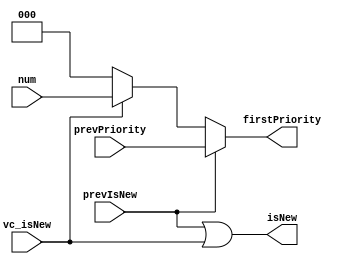
module  priority_vc(output isNew,
                 output [2:0] firstPriority,
                 input [2:0] num,
                 input [2:0] prevPriority,
                 input prevIsNew,
                 input vc_isNew
);

assign isNew = prevIsNew | vc_isNew;
assign firstPriority = (prevIsNew==1'b1 ? prevPriority : (vc_isNew==1'b1 ? num : 3'd0));   

endmodule